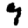
Digit: 9